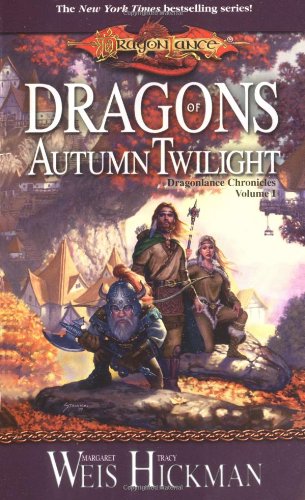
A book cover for Dragons of Autumn Twilight (Dragonlance Chronicles, Volume I); Margaret Weis; Science Fiction & Fantasy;